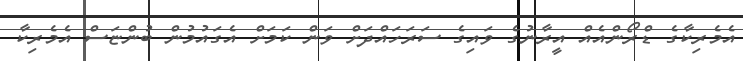
އެމެރިކާގެ ޑްރޯންއެއް އީރާނުގެ ވައިގެ ސަރަހައްދަށް ވަން ކަމަށް އެގައުމުން ބުންޏަސް އެމެރިކާ